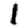
Digit: 1